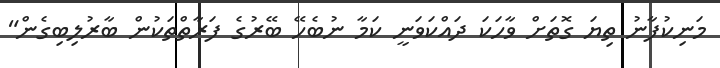
މަނިކުފާނު ތިޔަ ގޮތަށް ވާހަކަ ދައްކަވަނީ ކަމާ ނުބެހޭ ބޭރުގެ ފަރާތްތަކުން ބާރުލިބިގެން"